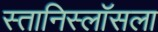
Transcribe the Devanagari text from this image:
स्तानिस्लॉसला